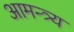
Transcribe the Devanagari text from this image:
आमन्त्र्य